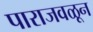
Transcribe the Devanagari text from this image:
पाराजवळून